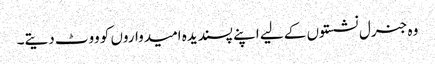
وہ جنرل نشستوں کے لیے اپنے پسندیدہ امیدواروں کو ووٹ دیتے۔